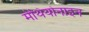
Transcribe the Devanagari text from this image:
मेथियोनाइन